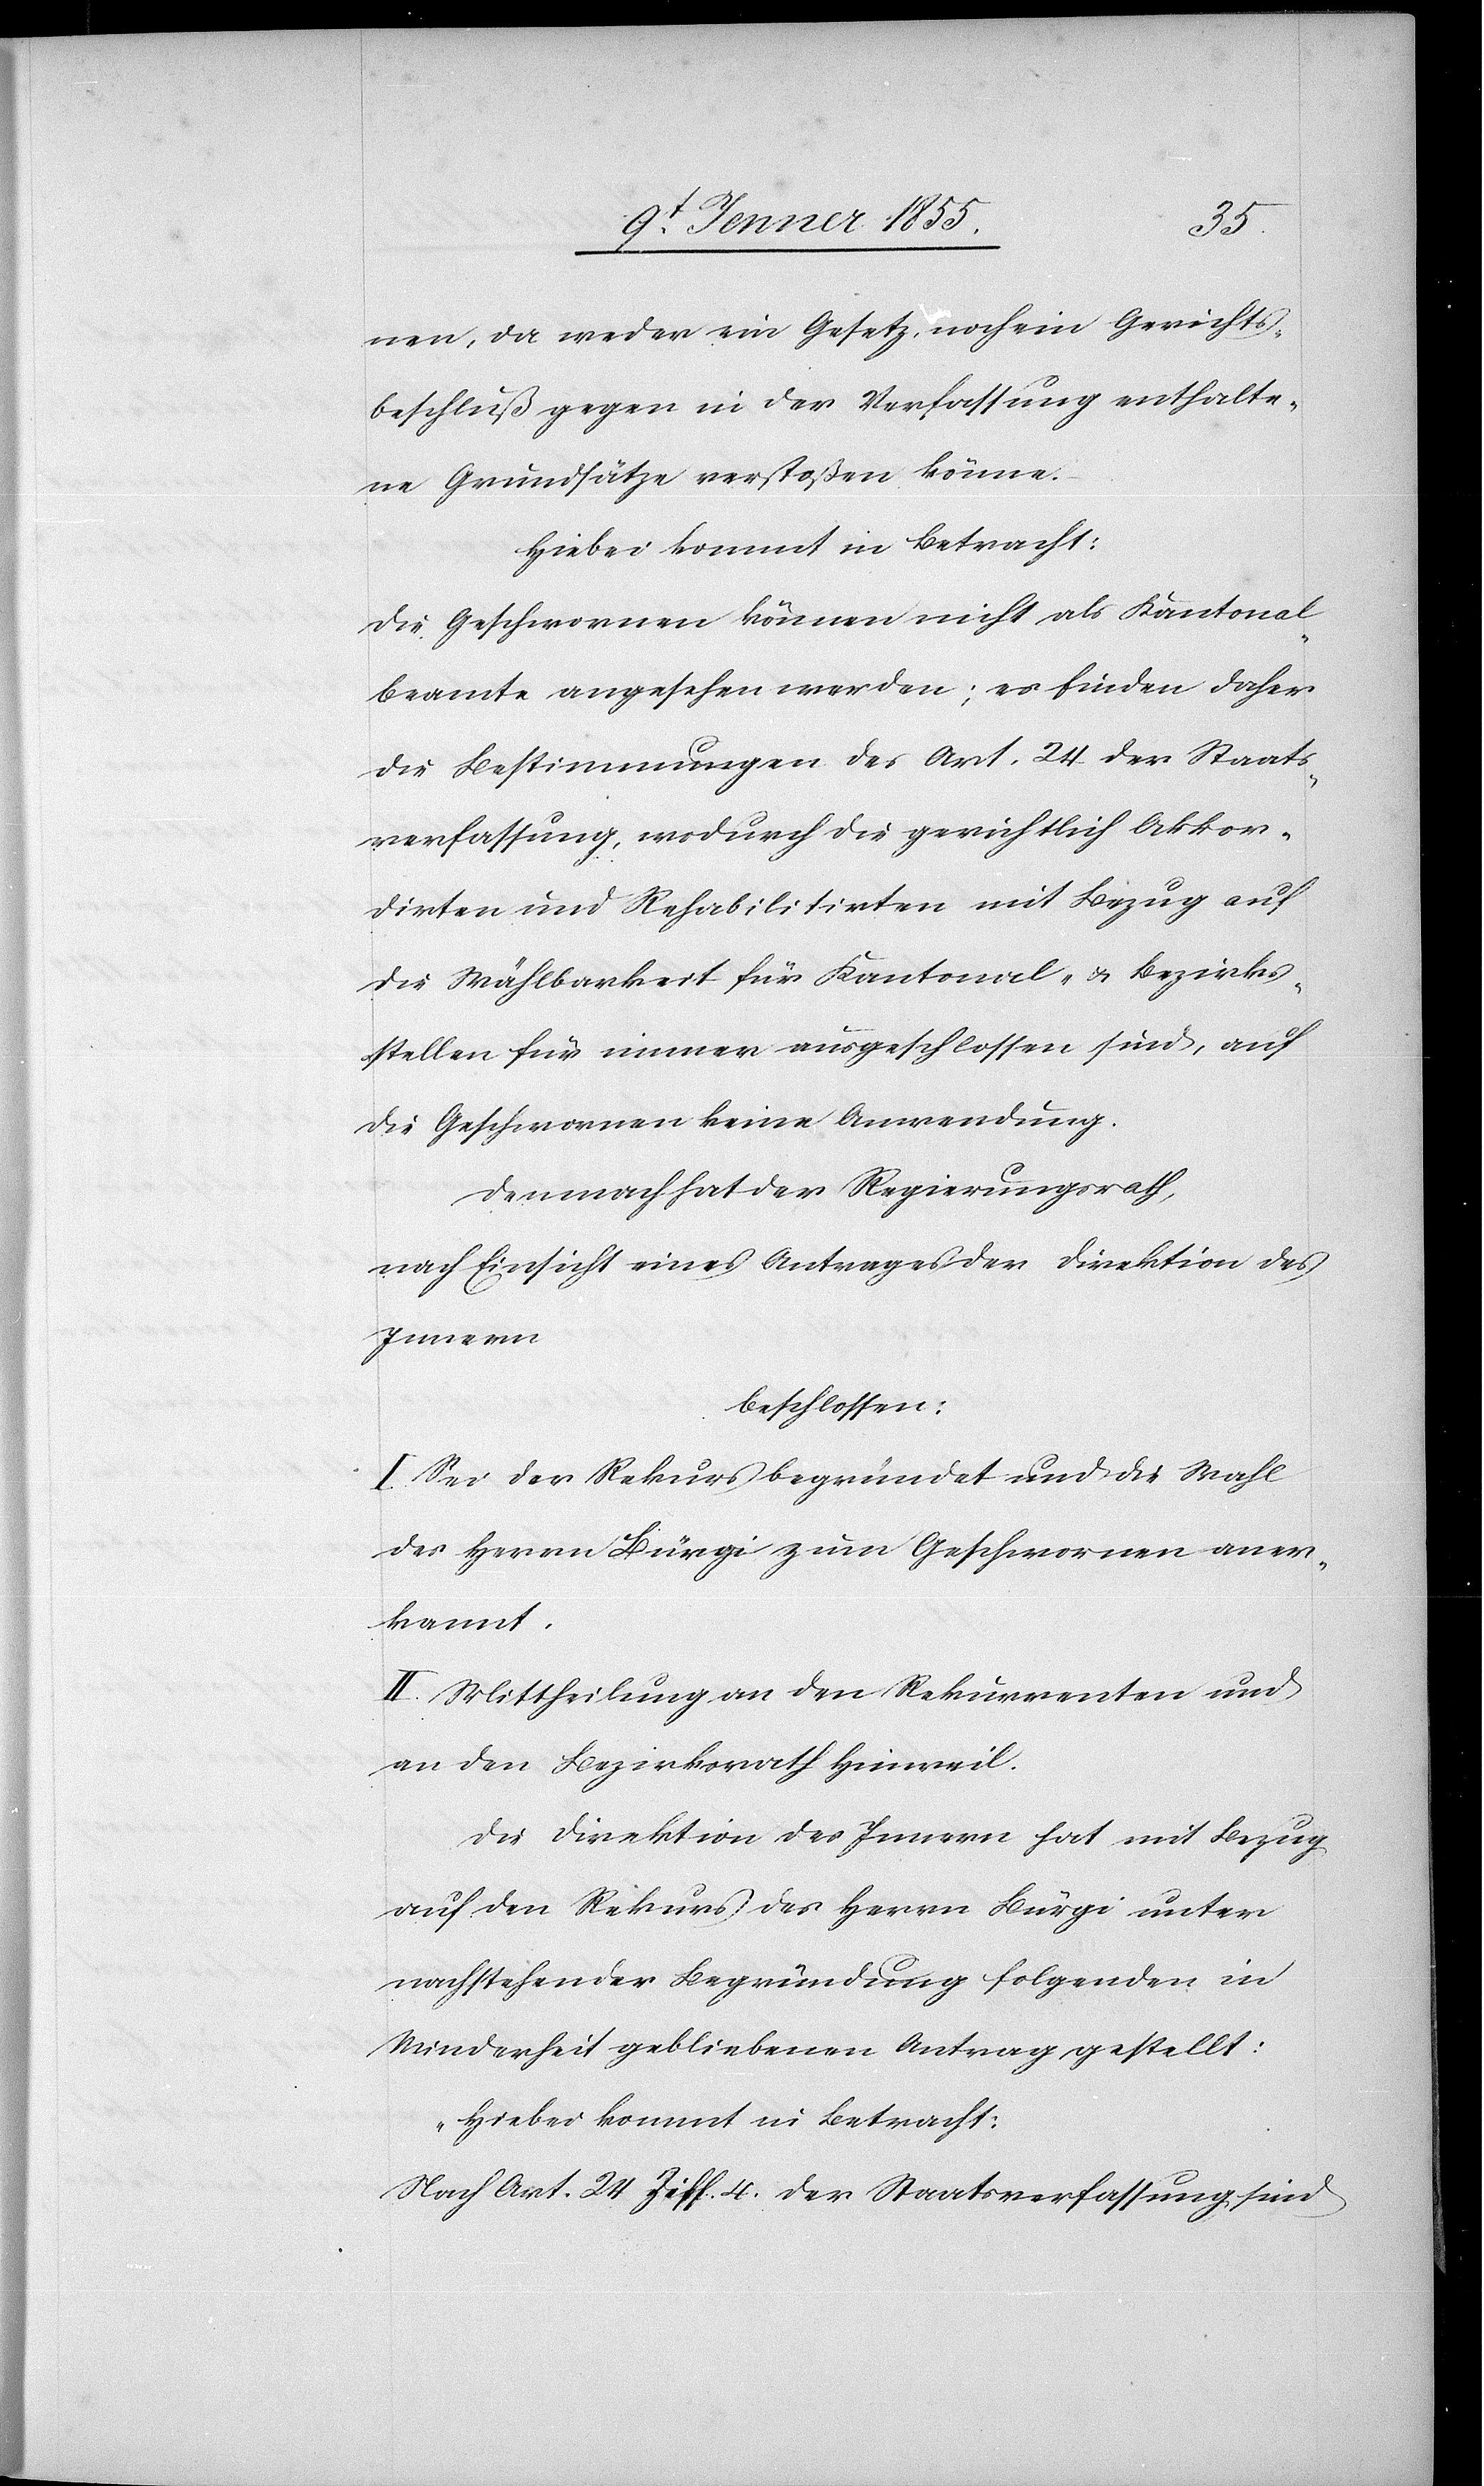
nen, da weder ein Gesetz, noch ein Gerichts¬
beschluß gegen in der Verfassung enthalte¬
ne Grundsätze verstoßen könne.
Hiebei kommt in Betracht:
Die Geschwornen können nicht als Kantonal¬
beamte angesehen werden; es finden daher
die Bestimmungen des Art. 24 der Staats¬
verfassung, wodurch die gerichtlich Akkor¬
dirten und Rehabilitirten mit Bezug auf
die Wählbarkeit für Kantonal- & Bezirks¬
stellen für immer ausgeschlossen sind, auf
die Geschwornen keine Anwendung.
Demnach hat der Regierungsrath,
nach Einsicht eines Antrages der Direktion des
Innern
beschlossen:
I. Sei der Rekurs begründet und die Wahl
des Herrn Bürgi zum Geschwornen aner¬
kannt.
II. Mittheilung an den Rekurrenten und
an den Bezirksrath Hinweil.
Die Direktion des Innern hat mit Bezug
auf den Rekurs des Herrn Bürgi unter
nachstehender Begründung folgenden in
Minderheit gebliebenen Antrag gestellt:
„Hiebei kommt in Betracht:
Nach Art. 24 Ziff. 4. der Staatsverfassung sind